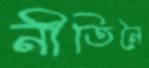
নীতিনৈ